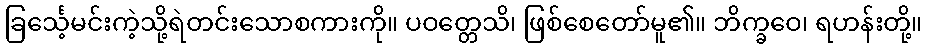
ခြင်္သေ့မင်းကဲ့သို့ရဲတင်းသောစကားကို။ ပဝတ္တေသိ၊ ဖြစ်စေတော်မူ၏။ ဘိက္ခဝေ၊ ရဟန်းတို့။